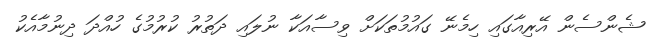
ޝެންސެން އޭރިއާގައި ހިމެނޭ ގައުމުތަކަށް ވިސާއަކާ ނުލައި ދަތުރު ކުރުމުގެ ހުއްދަ ދިނުމާއެކު